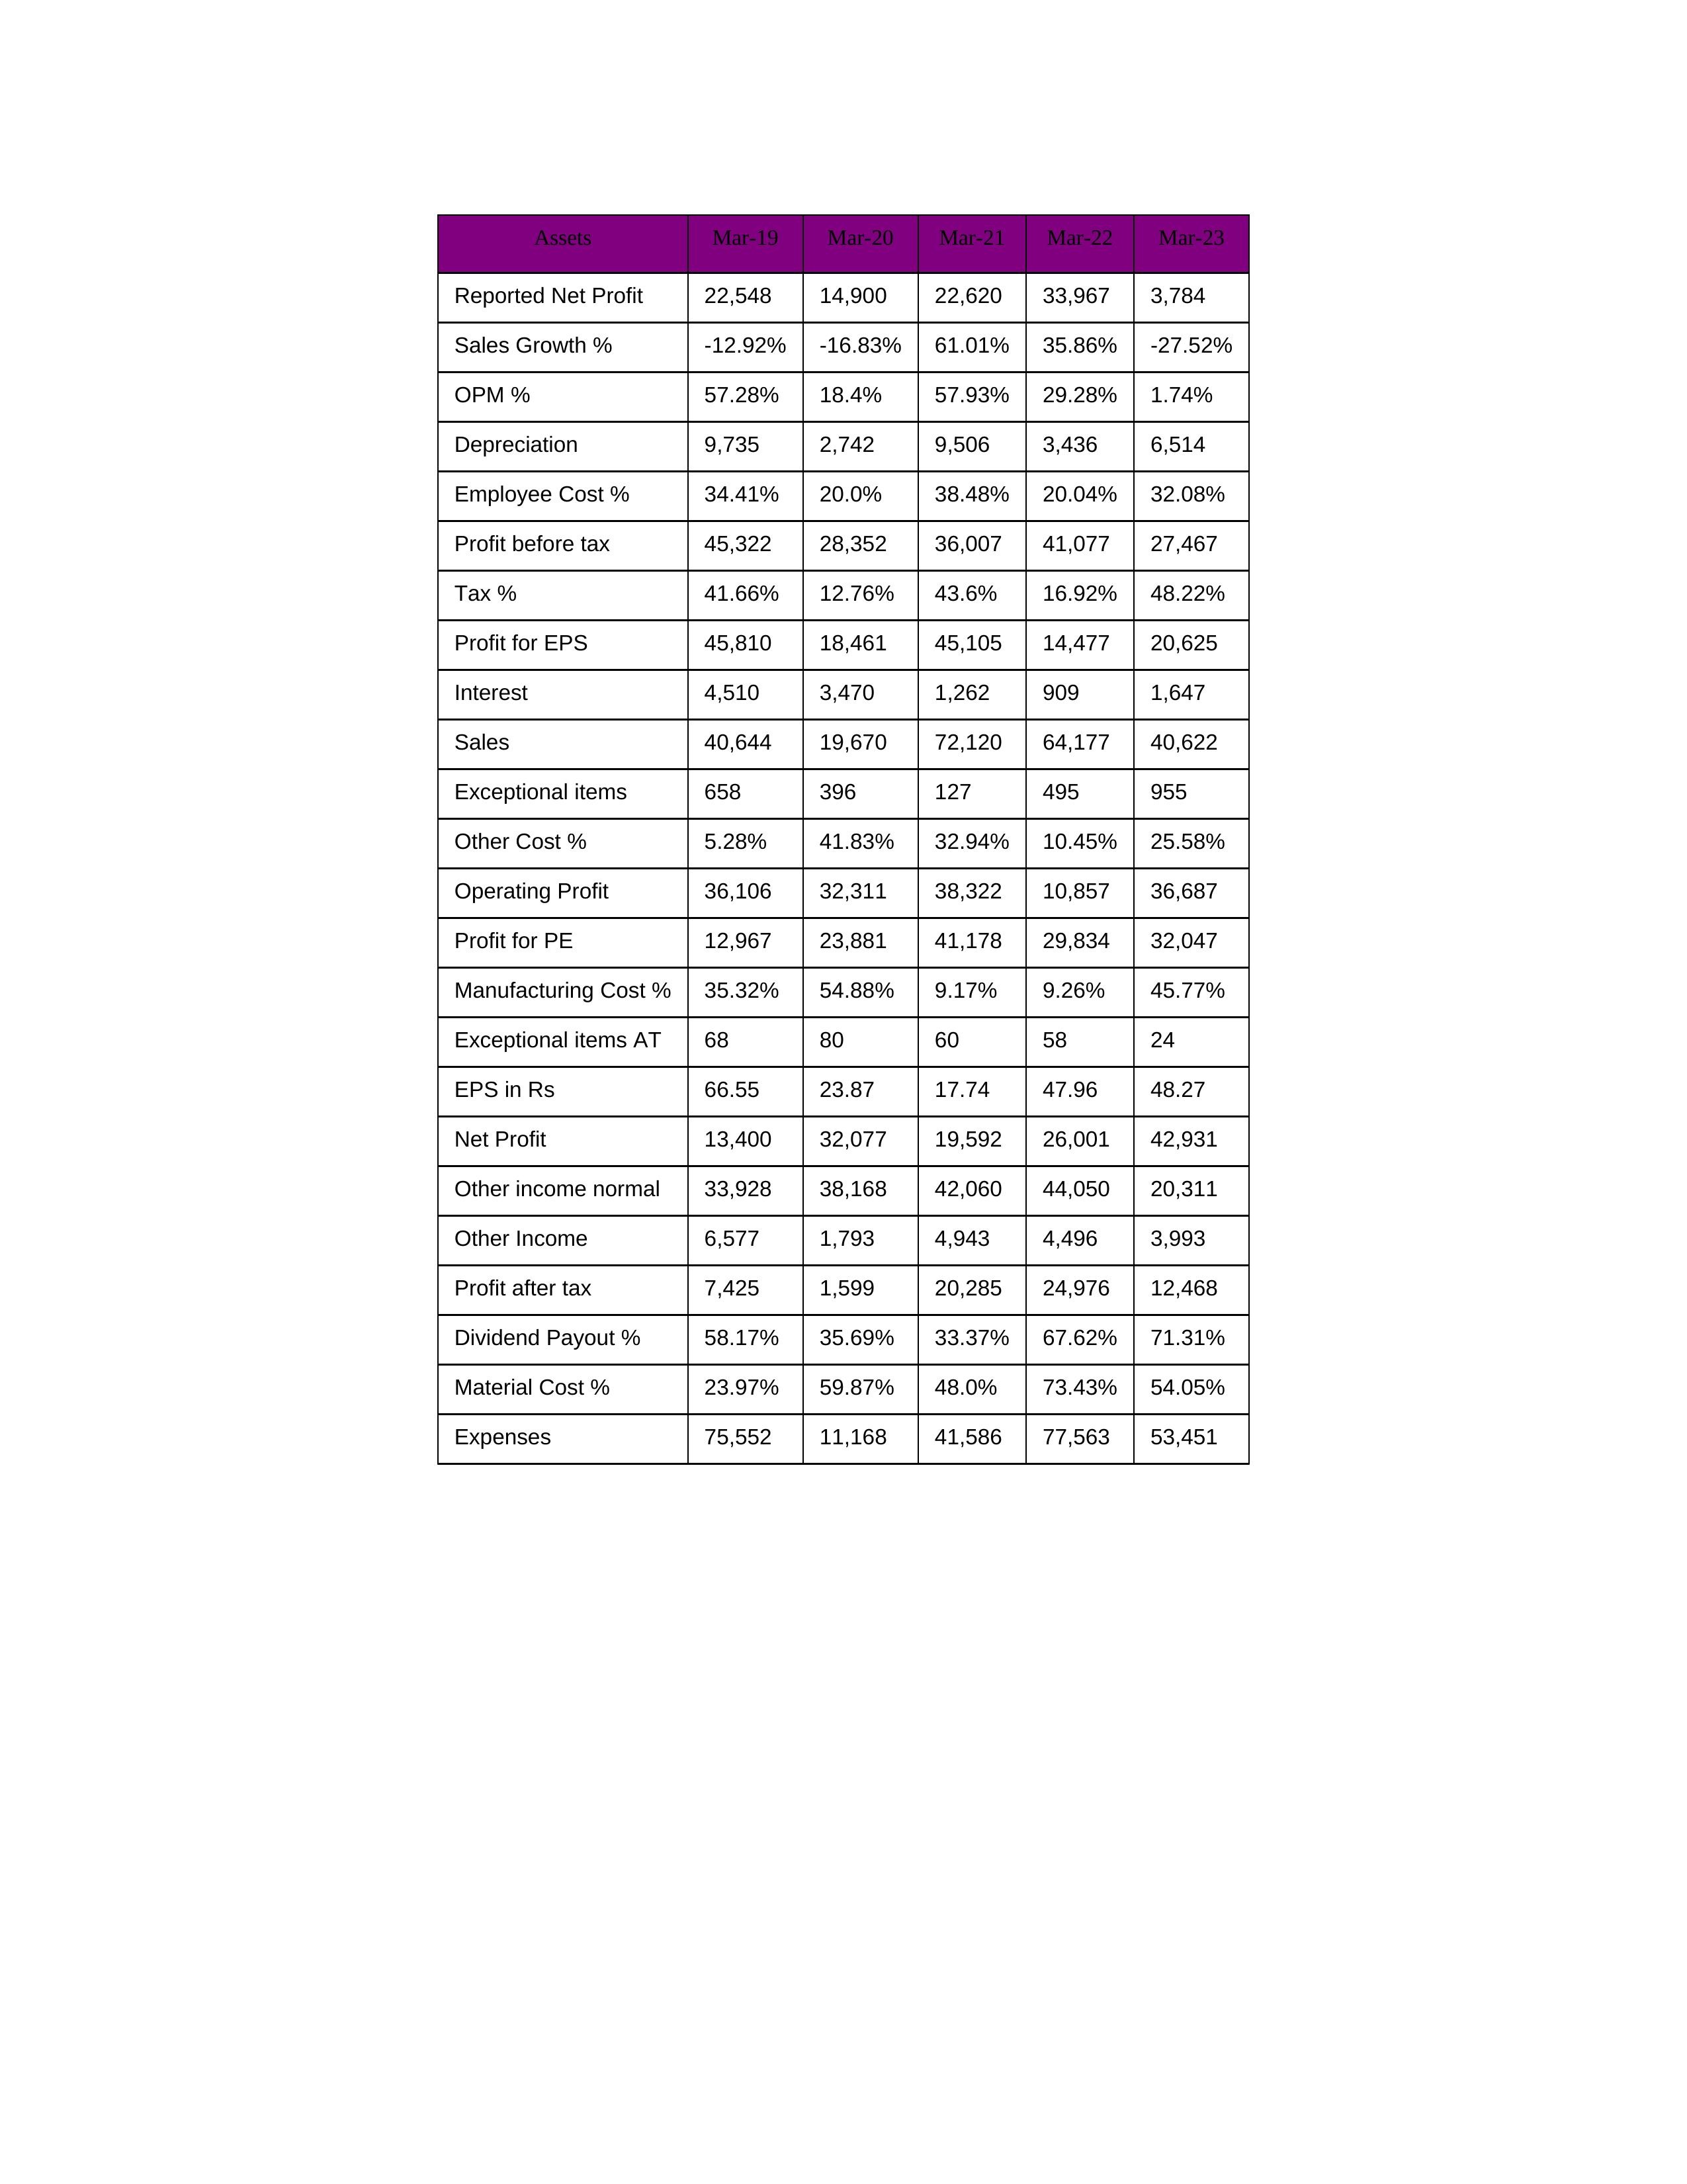
gt_parse: Mar-19: Sales: 40,644
Sales Growth %: -12.92%
Expenses: 75,552
Material Cost %: 23.97%
Manufacturing Cost %: 35.32%
Employee Cost %: 34.41%
Other Cost %: 5.28%
Operating Profit: 36,106
OPM %: 57.28%
Other Income: 6,577
Exceptional items: 658
Other income normal: 33,928
Interest: 4,510
Depreciation: 9,735
Profit before tax: 45,322
Tax %: 41.66%
Net Profit: 13,400
Profit after tax: 7,425
Reported Net Profit: 22,548
Profit for EPS: 45,810
Exceptional items AT: 68
Profit for PE: 12,967
EPS in Rs: 66.55
Dividend Payout %: 58.17%
Mar-20: Sales: 19,670
Sales Growth %: -16.83%
Expenses: 11,168
Material Cost %: 59.87%
Manufacturing Cost %: 54.88%
Employee Cost %: 20.0%
Other Cost %: 41.83%
Operating Profit: 32,311
OPM %: 18.4%
Other Income: 1,793
Exceptional items: 396
Other income normal: 38,168
Interest: 3,470
Depreciation: 2,742
Profit before tax: 28,352
Tax %: 12.76%
Net Profit: 32,077
Profit after tax: 1,599
Reported Net Profit: 14,900
Profit for EPS: 18,461
Exceptional items AT: 80
Profit for PE: 23,881
EPS in Rs: 23.87
Dividend Payout %: 35.69%
Mar-21: Sales: 72,120
Sales Growth %: 61.01%
Expenses: 41,586
Material Cost %: 48.0%
Manufacturing Cost %: 9.17%
Employee Cost %: 38.48%
Other Cost %: 32.94%
Operating Profit: 38,322
OPM %: 57.93%
Other Income: 4,943
Exceptional items: 127
Other income normal: 42,060
Interest: 1,262
Depreciation: 9,506
Profit before tax: 36,007
Tax %: 43.6%
Net Profit: 19,592
Profit after tax: 20,285
Reported Net Profit: 22,620
Profit for EPS: 45,105
Exceptional items AT: 60
Profit for PE: 41,178
EPS in Rs: 17.74
Dividend Payout %: 33.37%
Mar-22: Sales: 64,177
Sales Growth %: 35.86%
Expenses: 77,563
Material Cost %: 73.43%
Manufacturing Cost %: 9.26%
Employee Cost %: 20.04%
Other Cost %: 10.45%
Operating Profit: 10,857
OPM %: 29.28%
Other Income: 4,496
Exceptional items: 495
Other income normal: 44,050
Interest: 909
Depreciation: 3,436
Profit before tax: 41,077
Tax %: 16.92%
Net Profit: 26,001
Profit after tax: 24,976
Reported Net Profit: 33,967
Profit for EPS: 14,477
Exceptional items AT: 58
Profit for PE: 29,834
EPS in Rs: 47.96
Dividend Payout %: 67.62%
Mar-23: Sales: 40,622
Sales Growth %: -27.52%
Expenses: 53,451
Material Cost %: 54.05%
Manufacturing Cost %: 45.77%
Employee Cost %: 32.08%
Other Cost %: 25.58%
Operating Profit: 36,687
OPM %: 1.74%
Other Income: 3,993
Exceptional items: 955
Other income normal: 20,311
Interest: 1,647
Depreciation: 6,514
Profit before tax: 27,467
Tax %: 48.22%
Net Profit: 42,931
Profit after tax: 12,468
Reported Net Profit: 3,784
Profit for EPS: 20,625
Exceptional items AT: 24
Profit for PE: 32,047
EPS in Rs: 48.27
Dividend Payout %: 71.31%